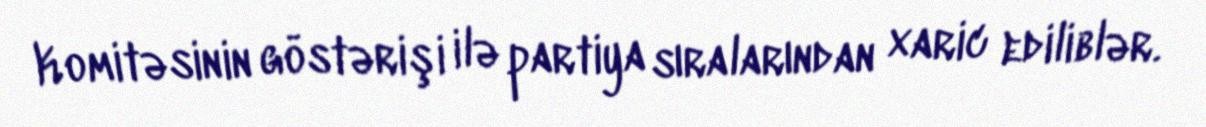
Komitəsinin göstərişi ilə partiya sıralarından xaric ediliblər.